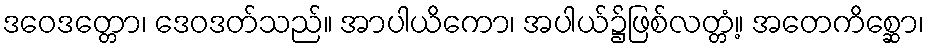
ဒဝေဒတ္တော၊ ဒေဝဒတ်သည်။ အာပါယိကော၊ အပါယ်၌ဖြစ်လတ္တံ့။ အတေကိစ္ဆော၊